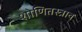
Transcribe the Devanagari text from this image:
शोणितस्त्राव